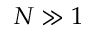
N \gg 1